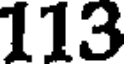
113